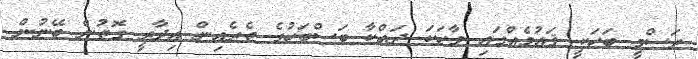
ރަސްމީ ބަހަކީ ޤައުމެއްގައި ވާހަކަ ދައްކާ ބަސްބަހުގެ ތެރެއިން އިދާރީ ގޮތުން ބޭނުން